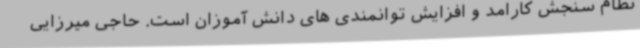
نظام سنجش کارامد و افزایش توانمندی های دانش آموزان است. حاجی میرزایی